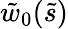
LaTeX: \tilde{w}_{0}(\tilde{s})